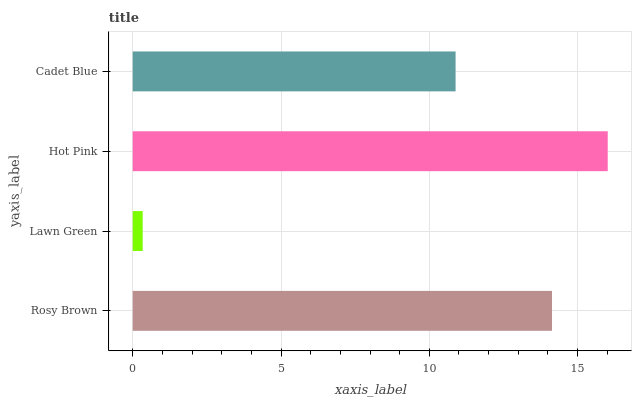
| yaxis_label | bars |
 | --- | --- |
 | Rosy Brown | 14.1 |
 | Lawn Green | 0.337 |
 | Hot Pink | 16 |
 | Cadet Blue | 10.9 |